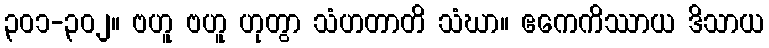
၃၀၁-၃၀၂။ ဗဟူ ဗဟူ ဟုတွာ သံဟတာတိ သံဃာ။ ဧကေကိဿာယ ဒိသာယ